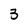
Character: 3